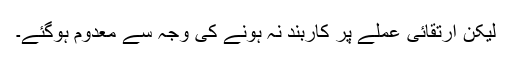
لیکن ارتقائی عملے پر کاربند نہ ہونے کی وجہ سے معدوم ہوگئے۔